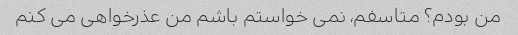
من بودم؟ متاسفم، نمی خواستم باشم من عذرخواهی می کنم